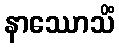
နာဿောသိံ